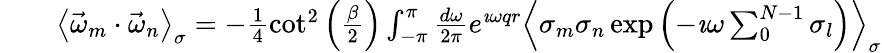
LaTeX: \begin{array}{rlr}&{}&{\left\langle\vec{\omega}_{m}\cdot\vec{\omega}_{n}\right\rangle_{\sigma}=-\frac{1}{4}\cot^{2}\left(\frac{\beta}{2}\right)\int_{-\pi}^{\pi}\frac{d\omega}{2\pi}e^{\imath\omega qr}\left\langle\sigma_{m}\sigma_{n}\exp\left(-\imath\omega\sum_{0}^{N-1}\sigma_{l}\right)\right\rangle_{\sigma}}\end{array}